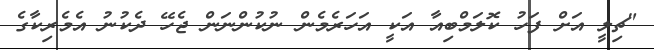
"ޗިލީ އަށް ފަހު ކޮލަމްބިއާ އަކީ އަހަރެމެން ނުކުންނަން ޖެހޭ ދެކުނު އެމެރިކާގެ